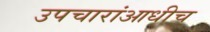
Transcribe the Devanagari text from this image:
उपचारांआधीच